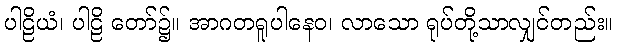
ပါဠိယံ၊ ပါဠိ တော်၌။ အာဂတရူပါနေဝ၊ လာသော ရုပ်တို့သာလျှင်တည်း။